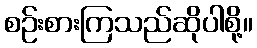
စဉ်းစားကြသည်ဆိုပါစို့။